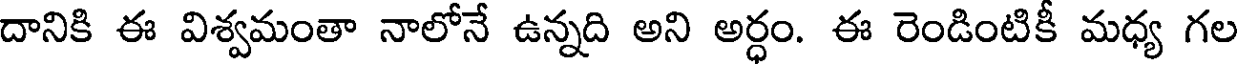
దానికి ఈ విశ్వమంతా నాలోనే ఉన్నది అని అర్ధం. ఈ రెండింటికీ మధ్య గల